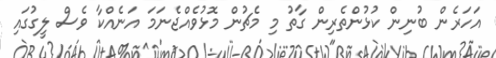
އަހަރެން ބުނިން ކުޅުންތެރިން ގާތު މި މެޗުން މޮޅުވެއްޖެނަމަ އަނެއްކާ ވެސް ލީގުގައި